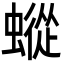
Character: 䗥